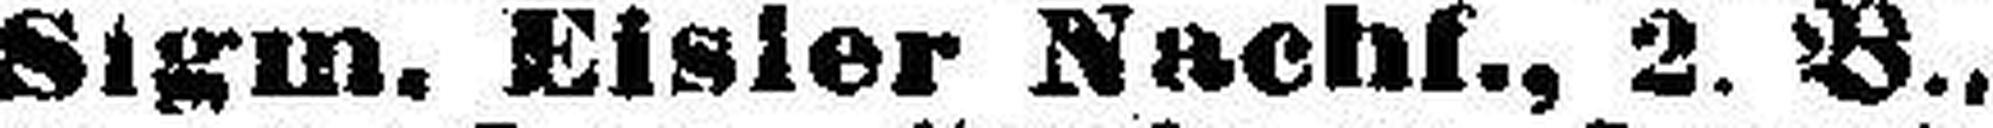
Sigm. Eisler Nachf., 2. B..